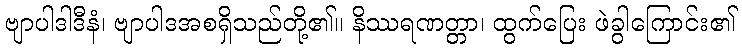
ဗျာပါဒါဒီနံ၊ ဗျာပါဒအစရှိသည်တို့၏။ နိဿရဏတ္တာ၊ ထွက်ပြေး ဖဲခွါကြောင်း၏